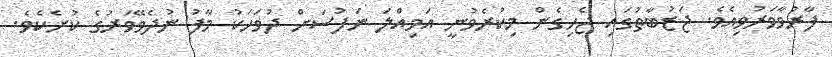
ފާރުވާވަރުވިއެވެ. ޖަޒުބާތުގައި ޖެހިގެން މިކުރެވުނީ އަމިއްލަ ނަފުސަށް ދުވަހަކު މާފު ނުދެވޭވަރުގެ ކުށެކެވެ.